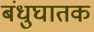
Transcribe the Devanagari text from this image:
बंधुघातक